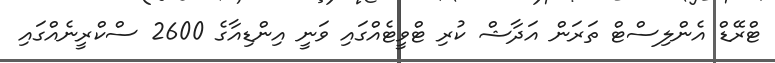
ޓްރޭޑް އެންލިސްޓް ތަރަން އަދާޝް ކުރި ޓްވީޓެއްގައި ވަނީ އިންޑިއާގެ 2600 ސްކްރީނެއްގައި